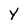
Character: Y